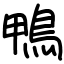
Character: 鴨